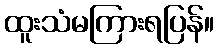
ထူးသံမကြားရပြန်။